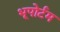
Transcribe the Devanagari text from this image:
भूपोर्टम